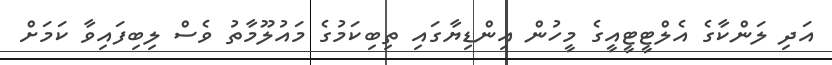
އަދި ލަންކާގެ އެލްޓީޓީއީގެ މީހުން އިންޑިޔާގައި ތިބިކަމުގެ މައުލޫމާތު ވެސް ލިބިފައިވާ ކަމަށް